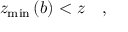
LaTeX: z _ { \operatorname * { m i n } } \left( b \right) < z \quad ,